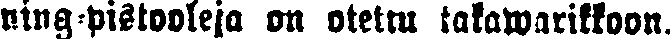
ning-pistooleja on otettu takawarikkoon.